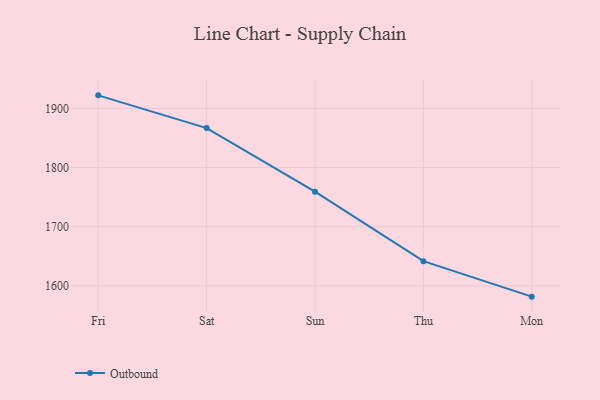
{"axis": {"x": "Day", "y": "Temperature (°C)"}, "legend": ["Outbound"], "data": [{"x": "Fri", "y": 1922.1, "type": "Outbound"}, {"x": "Sat", "y": 1866.8, "type": "Outbound"}, {"x": "Sun", "y": 1759.2, "type": "Outbound"}, {"x": "Thu", "y": 1641.7, "type": "Outbound"}, {"x": "Mon", "y": 1581.7, "type": "Outbound"}]}